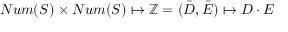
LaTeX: N u m ( S ) \times N u m ( S ) \mapsto \mathbb { Z } = ( { \bar { D } } , { \bar { E } } ) \mapsto D \cdot E